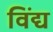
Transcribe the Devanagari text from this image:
विंद्य